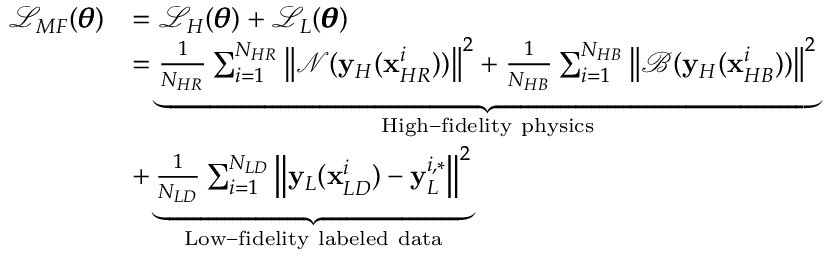
\begin{array} { r l } { \mathcal { L } _ { M F } ( \pmb { \theta } ) } & { = \mathcal { L } _ { H } ( \pmb { \theta } ) + \mathcal { L } _ { L } ( \pmb { \theta } ) } \\ & { = \underbrace { \frac { 1 } { N _ { H R } } \sum _ { i = 1 } ^ { N _ { H R } } { \left\| \mathcal { N } ( \mathbf { y } _ { H } ( \mathbf { x } _ { H R } ^ { i } ) ) \right\| ^ { 2 } } + \frac { 1 } { N _ { H B } } \sum _ { i = 1 } ^ { N _ { H B } } { \left\| \mathcal { B } ( \mathbf { y } _ { H } ( \mathbf { x } _ { H B } ^ { i } ) ) \right\| ^ { 2 } } } _ { \mathrm { H i g h - f i d e l i t y ~ p h y s i c s } } } \\ & { + \underbrace { \frac { 1 } { N _ { L D } } \sum _ { i = 1 } ^ { N _ { L D } } { \left\| \mathbf { y } _ { L } ( \mathbf { x } _ { L D } ^ { i } ) - \mathbf { y } _ { L } ^ { i , * } \right\| ^ { 2 } } } _ { \mathrm { L o w - f i d e l i t y ~ l a b e l e d ~ d a t a } } } \end{array}